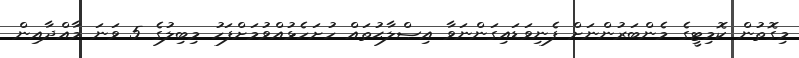
މިގޮތުން ކޮމިޓީގެ މެންބަރުންނަށް ފެނިވަޑައިގަންނަވާ އިޞްލާޙުތައް ހުށަހެޅުއްވުމަށްފަހު މިބިލުގެ 5 ވަނަ މާއްދާއިން